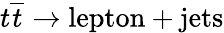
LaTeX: t\overline{{t}}\rightarrow\mathrm{lepton+jets}